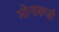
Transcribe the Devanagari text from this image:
मोनाकजी